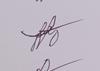
Signature authenticity: genuine